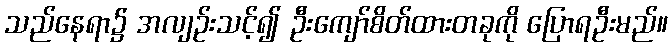
သည်နေရာ၌ အလျဉ်းသင့်၍ ဦးကျော်စိတ်ထားတခုကို ပြောရဦးမည်။